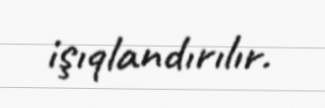
işıqlandırılır.